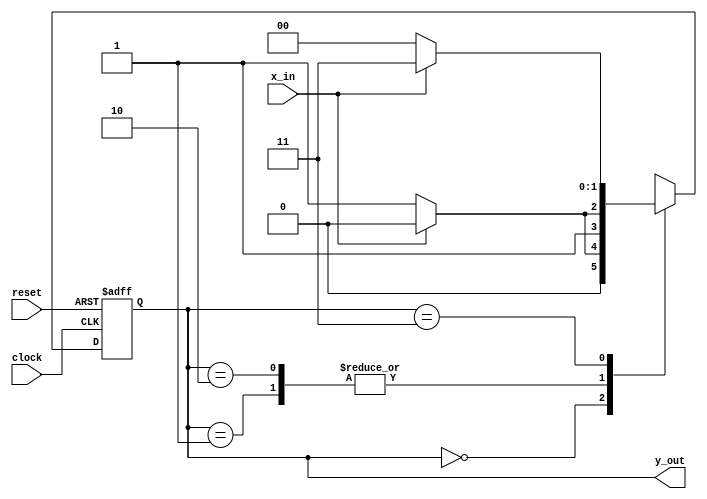
module Moore_Model_Fig_5_19 (
  output [1: 0] y_out, 
  input	x_in, clock, reset
);
  reg [1: 0]	state;
  parameter	S0 = 2'b00, S1 = 2'b01, S2 = 2'b10, S3 = 2'b11;

  always @ (posedge clock, negedge reset)
    if (reset == 0) state <= S0;	// Initialize to state S0
    else case (state)
      S0:	if (~x_in) 	state <= S1; else state <= S0;
      S1: if (x_in) 	  	state <= S2; else state <= S3;
      S2:	if (~x_in) 	state <= S3; else state <= S2;
      S3: if (~x_in)   	state <= S0; else state <= S3;
    endcase 

  assign y_out = state;	// Output of flip-flops
 
endmodule